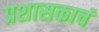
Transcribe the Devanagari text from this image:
प्रशासकाचं